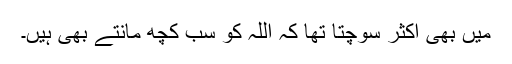
میں بھی اکثر سوچتا تھا کہ اللہ کو سب کچھ مانتے بھی ہیں۔